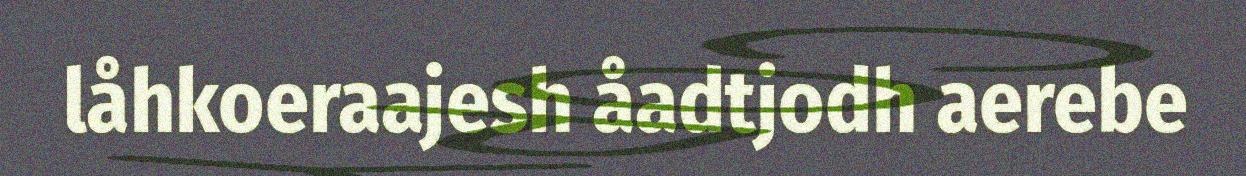
låhkoeraajesh åadtjodh aerebe